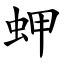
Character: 䖬